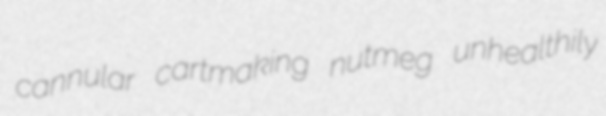
cannular cartmaking nutmeg unhealthily